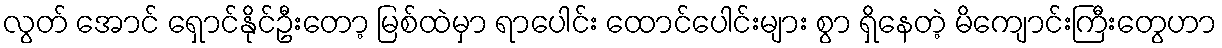
လွတ် အောင် ရှောင်နိုင်ဦးတော့ မြစ်ထဲမှာ ရာပေါင်း ထောင်ပေါင်းများ စွာ ရှိနေတဲ့ မိကျောင်းကြီးတွေဟာ